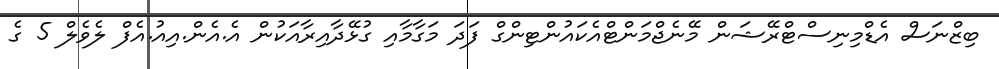
ބިޒްނަސް އެޑްމިނިސްޓްރޭޝަން މޭނެޖްމަންޓްއެކައުންޓިންގް ފަދަ މަގާމާއި ގުޅޭދާއިރާއަކުން އެ.އެން.އިއު.އެފް ލެވެލް 5 ގެ